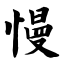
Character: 慢